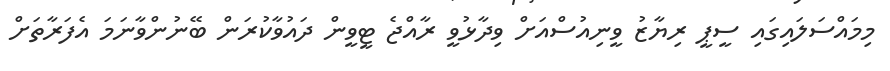
މިމައްސަލައިގައި ސީޕީ ރިޔާޒު ވީނިއުސްއަށް ވިދާޅުވީ ރާއްޖެ ޓީވީން ދައުވާކުރަން ބޭނުންވާނަމަ އެފަރާތަށް